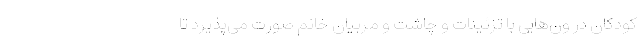
کودکان در ون‌هایی با تزئینات و چاشت و مربیان خانم صورت می‌پذیرد تا